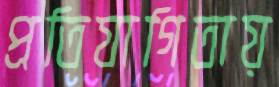
প্রতিযাগিতায়